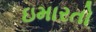
ઇમારતો